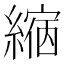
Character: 𦄲